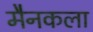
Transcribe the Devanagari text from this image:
मैनकला